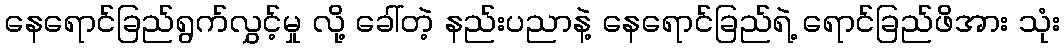
နေရောင်ခြည်ရွက်လွှင့်မှု လို့ ခေါ်တဲ့ နည်းပညာနဲ့ နေရောင်ခြည်ရဲ့ ရောင်ခြည်ဖိအား သုံး